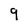
Character: 9